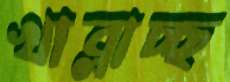
খাব্‌লাচ্ছ